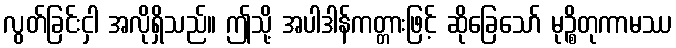
လွတ်ခြင်းငှါ အလိုရှိသည်။ ဤသို့ အပါဒါန်ကတ္တားဖြင့် ဆိုခြေသော် မုဉ္စိတုကာမဿ